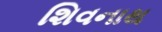
શિવનાથ